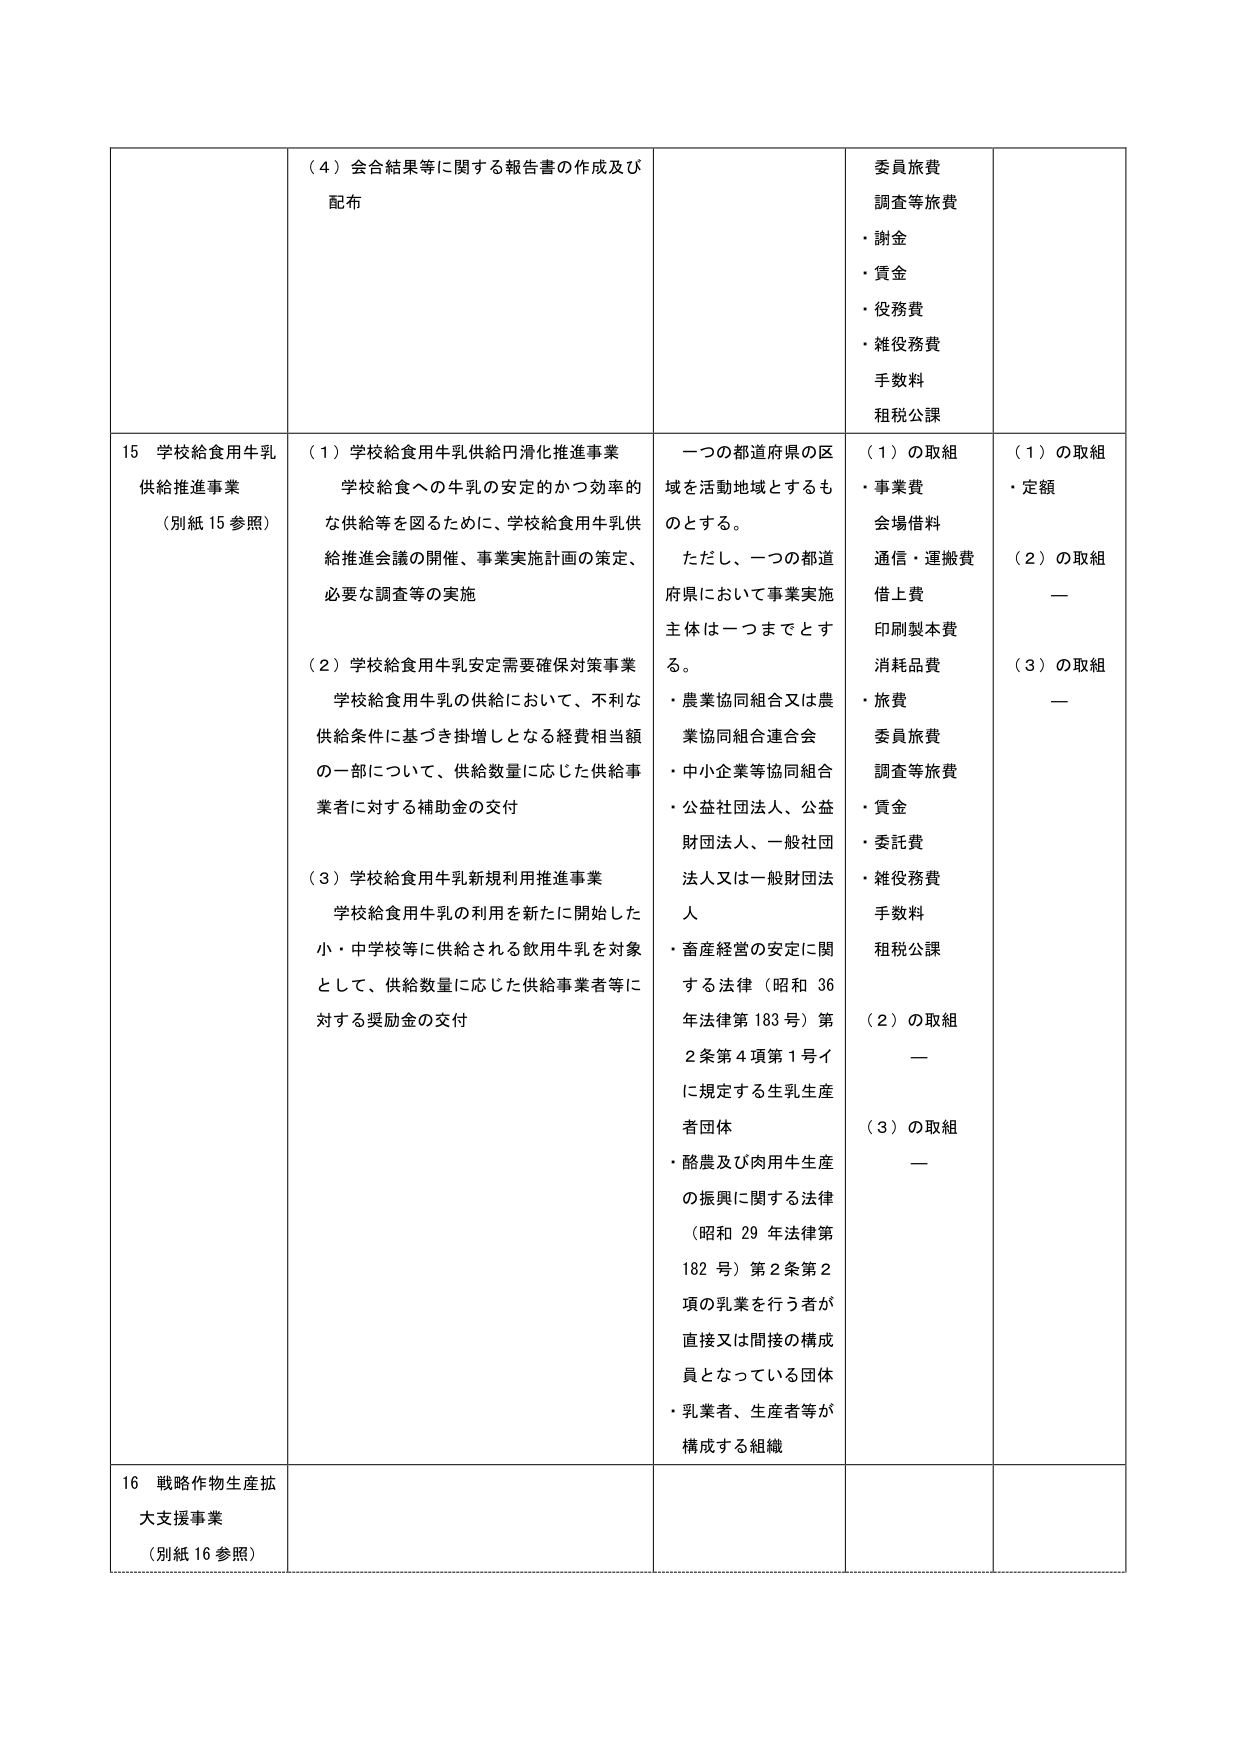
（４）会合結果等に関する報告書の作成及び配布

委員旅費
調査等旅費
・謝金
・賃金
・役務費
・雑役務費
手数料
租税公課

15 学校給食用牛乳供給推進事業
（別紙15参照）

（１）学校給食用牛乳供給円滑化推進事業
学校給食への牛乳の安定的かつ効率的な供給等を図るために、学校給食用牛乳供給推進会議の開催、事業実施計画の策定、必要な調査等の実施

（２）学校給食用牛乳安定需要確保対策事業
学校給食用牛乳の供給において、不利な供給条件に基づき掛増しとなる経費相当額の一部について、供給数量に応じた供給事業者に対する補助金の交付

（３）学校給食用牛乳新規利用推進事業
学校給食用牛乳の利用を新たに開始した小・中学校等に供給される飲用牛乳を対象として、供給数量に応じた供給事業者等に対する奨励金の交付

一つの都道府県の区域を活動地域とするものとする。
ただし、一つの都道府県において事業実施主体は一つまでとする。
・農業協同組合又は農業協同組合連合会
・中小企業等協同組合
・公益社団法人、公益財団法人、一般社団法人又は一般財団法人
・畜産経営の安定に関する法律（昭和36年法律第183号）第2条第4項第1号イに規定する生乳生産者団体
・酪農及び肉用牛生産の振興に関する法律（昭和29年法律第182号）第2条第2項の乳業を行う者が直接又は間接の構成員となっている団体
・乳業者、生産者等が構成する組織

（１）の取組
・事業費
会場借料
通信・運搬費
借上費
印刷製本費
消耗品費
・旅費
委員旅費
調査等旅費
・賃金
・委託費
・雑役務費
手数料
租税公課

（２）の取組
—

（３）の取組
—

（１）の取組
・定額

（２）の取組
—

（３）の取組
—

16 戦略作物生産拡大支援事業
（別紙16参照）